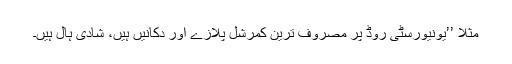
مثلا ’’یونیورسٹی روڈ پر مصروف ترین کمرشل پلازے اور دکانیں ہیں، شادی ہال ہیں۔